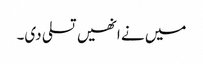
میں نے انھیں تسلی دی۔